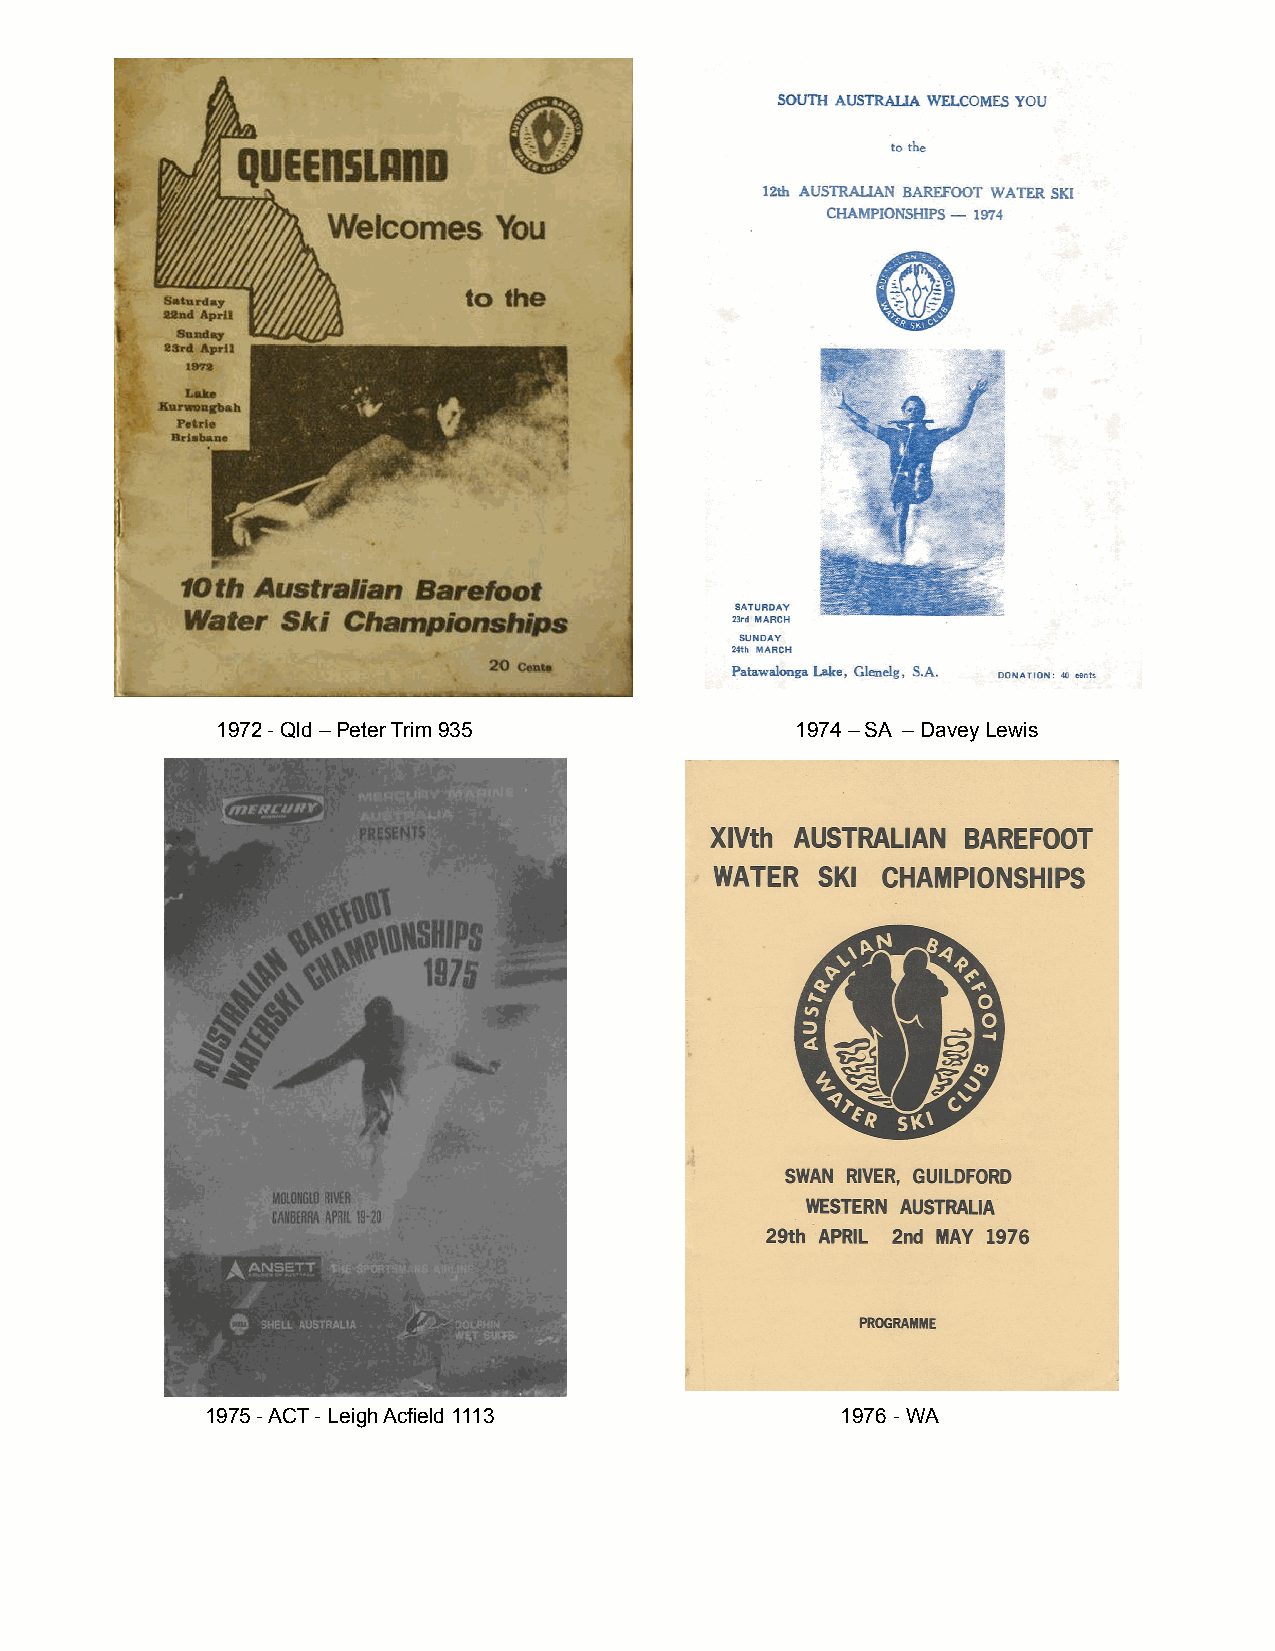
1972 - Qld – Peter Trim 935            1974 – SA – Davey Lewis
 1975 - ACT - Leigh Acfield 1113           1976 - WA